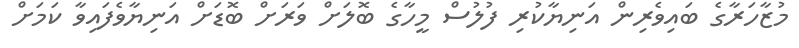
މުޒާހަރާގެ ބައިވެރިން އަނިޔާކުރި ފުލުސް މީހާގެ ބޮލަށް ވަރަށް ބޮޑަށް އަނިޔާވެފައިވާ ކަމަށް